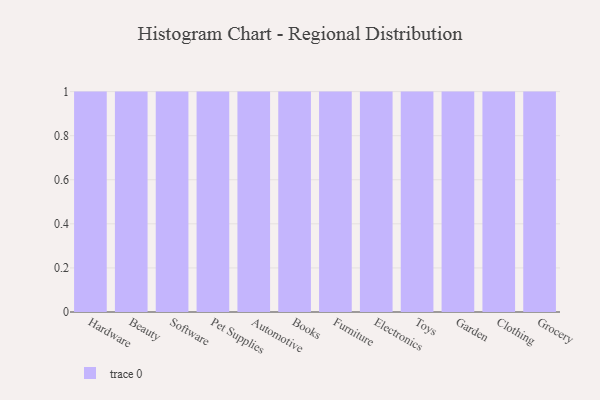
{"axis": {"x": "Category", "y": "Customer Acquisition Cost (USD)"}, "legend": [""], "data": [{"x": "Hardware", "y": 19, "type": ""}, {"x": "Beauty", "y": 17, "type": ""}, {"x": "Software", "y": 49, "type": ""}, {"x": "Pet Supplies", "y": 21, "type": ""}, {"x": "Automotive", "y": 33, "type": ""}, {"x": "Books", "y": 45, "type": ""}, {"x": "Furniture", "y": 66, "type": ""}, {"x": "Electronics", "y": 61, "type": ""}, {"x": "Toys", "y": 14, "type": ""}, {"x": "Garden", "y": 78, "type": ""}, {"x": "Clothing", "y": 85, "type": ""}, {"x": "Grocery", "y": 69, "type": ""}]}